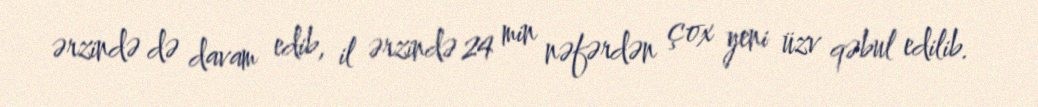
ərzində də davam edib, il ərzində 24 min nəfərdən çox yeni üzv qəbul edilib.